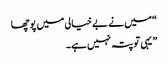
“میں نے بے خیالی میں پوچھا
” یہی تو پتہ نہیں ہے۔